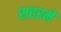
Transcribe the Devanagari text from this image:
सहरमे